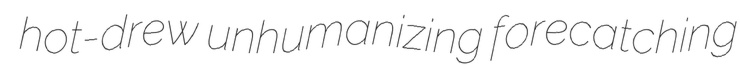
hot-drew unhumanizing forecatching